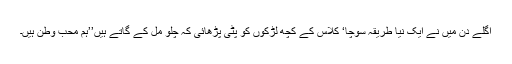
اگلے دن میں نے ایک نیا طریقہ سوچا‘ کلاس کے کچھ لڑکوں کو پٹی پڑھائی کہ چلو مل کے گاتے ہیں’’ہم محب وطن ہیں۔